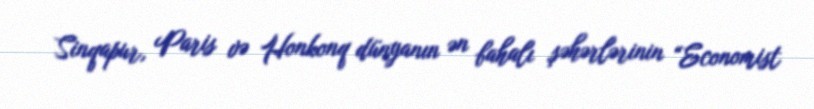
Sinqapur, Paris və Honkonq dünyanın ən bahalı şəhərlərinin “Economist